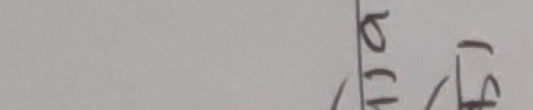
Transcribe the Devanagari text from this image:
बचाए